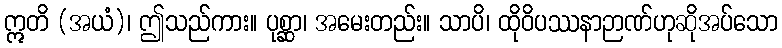
ဣတိ (အယံ)၊ ဤသည်ကား။ ပုစ္ဆာ၊ အမေးတည်း။ သာပိ၊ ထိုဝိပဿနာဉာဏ်ဟုဆိုအပ်သော